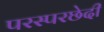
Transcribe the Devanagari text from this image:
परस्परछेदी